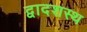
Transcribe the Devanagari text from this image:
द्वादशस्थ